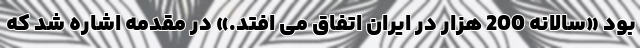
بود «سالانه 200 هزار در ایران اتفاق می افتد.» در مقدمه اشاره شد که